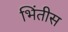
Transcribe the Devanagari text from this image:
भिंतीस